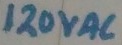
Text: 120VAC